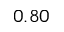
0 . 8 0